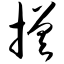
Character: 搓